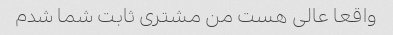
واقعا عالی هست من مشتری ثابت شما شدم